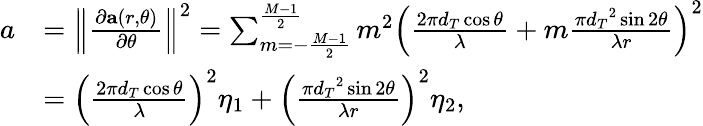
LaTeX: \begin{array}{rl}{a}&{={{{\left\| {\frac{{\partial{\mathbf{a}}(r,\theta)}}{{\partial\theta}}}\right\| }^{2}}=\sum_{m=-\frac{{M-1}}{2}}^{\frac{{M-1}}{2}}{{m^{2}}{\left({\frac{{2\pi{d_{T}}\cos\theta}}{\lambda}+m\frac{{\pi{{d_{T}}^{2}}\sin{2\theta}}}{{\lambda r}}}\right)^{2}}}}}\\ &{={\left({\frac{{2\pi{d_{T}}\cos\theta}}{\lambda}}\right)^{2}}{\eta_{1}}+{\left({\frac{{\pi{{d_{T}}^{2}}\sin{2\theta}}}{{\lambda r}}}\right)^{2}}{\eta_{2}},}\end{array}